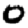
Digit: 0